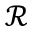
\mathcal R